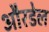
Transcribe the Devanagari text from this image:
औरडेल